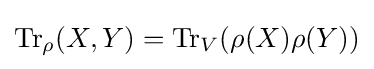
{\text{Tr}}_{\rho }(X,Y)={\text{Tr}}_{V}(\rho (X)\rho (Y))